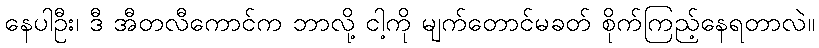
နေပါဦး၊ ဒီ အီတလီကောင်က ဘာလို့ ငါ့ကို မျက်တောင်မခတ် စိုက်ကြည့်နေရတာလဲ။